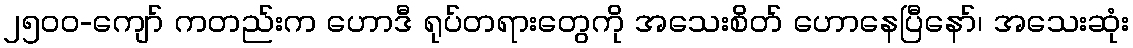
၂၅၀၀-ကျော် ကတည်းက ဟောဒီ ရုပ်တရားတွေကို အသေးစိတ် ဟောနေပြီနော်၊ အသေးဆုံး